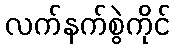
လက်နက်စွဲကိုင်